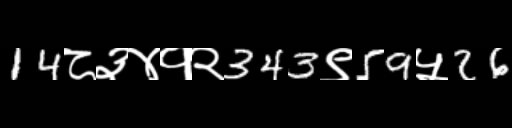
Text: 14८३४१२343९59५26